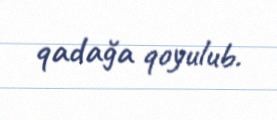
qadağa qoyulub.